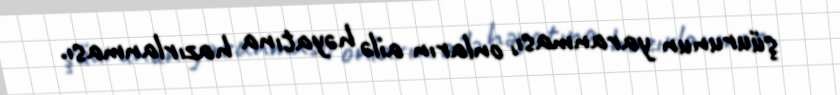
şüurunun yaranması, onların ailə həyatına hazırlanması.